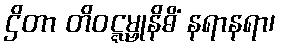
ဌိတာ တိဝဋ္ဋမ္ဗုနိဓိံ နရာနရာ၊